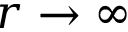
r \rightarrow \infty